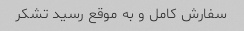
سفارش کامل و به موقع رسید تشکر